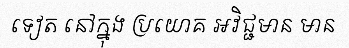
ទៀត នៅក្នុង ប្រយោគ អវិជ្ជមាន មាន